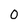
Character: 0